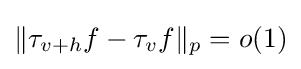
\|\tau _{v+h}f-\tau _{v}f\|_{p}=o(1)